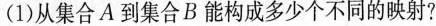
(1)从集合A到集合B能构成多少个不同的映射?